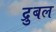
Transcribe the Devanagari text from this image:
द्रुबल